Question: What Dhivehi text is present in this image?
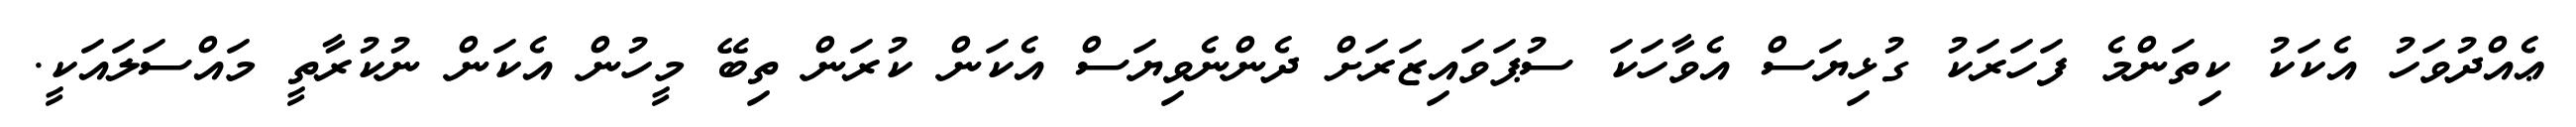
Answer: ޢެއްދުވަހު އެކަކު ކިތަންމެ ފަހަރަކު ގުޅިޔަސް އެވާހަކަ ސުޕަވައިޒަރަށް ދެންނެވިޔަސް އެކަން ކުރަން ތިބޭ މީހުން އެކަން ނުކުރާތީ މައްސަލައަކީ.